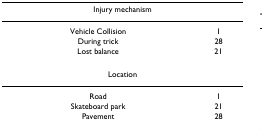
<table><thead><tr><td colspan="2"><b>Injury mechanism</b></td></tr></thead><tbody><tr><td>Vehicle Collision</td><td>1</td></tr><tr><td>During trick</td><td>28</td></tr><tr><td>Lost balance</td><td>21</td></tr><tr><td colspan="2">Location</td></tr><tr><td>Road</td><td>1</td></tr><tr><td>Skateboard park</td><td>21</td></tr><tr><td>Pavement</td><td>28</td></tr></tbody></table>